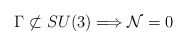
\begin{align*}\Gamma \not\subset SU(3) \Longrightarrow {\cal N} = 0\end{align*}